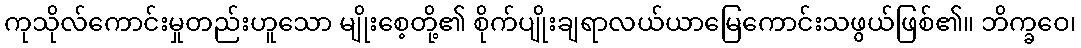
ကုသိုလ်ကောင်းမှုတည်းဟူသော မျိုးစေ့တို့၏ စိုက်ပျိုးချရာလယ်ယာမြေကောင်းသဖွယ်ဖြစ်၏။ ဘိက္ခဝေ၊